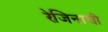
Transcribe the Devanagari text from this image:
रेजिनाची